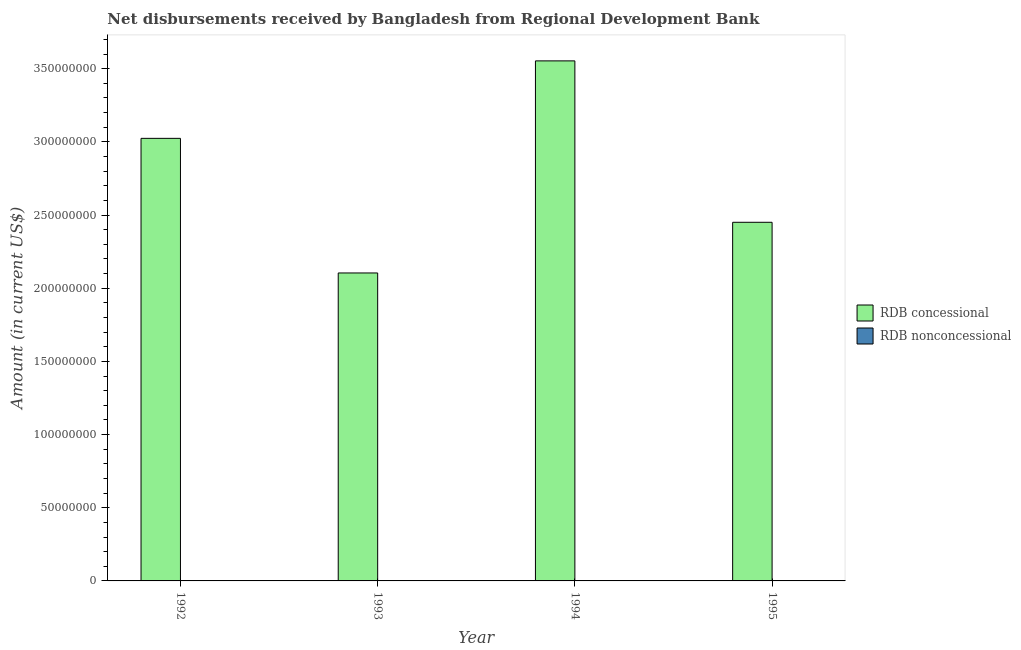
| Year | RDB concessional | RDB nonconcessional |
 | --- | --- | --- |
 | 1992 | 3.02e+08 | -2.71e+05 |
 | 1993 | 2.1e+08 | -2.83e+05 |
 | 1994 | 3.55e+08 | -2.77e+05 |
 | 1995 | 2.45e+08 | -2.28e+05 |